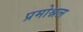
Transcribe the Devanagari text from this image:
प्रमोश्नल